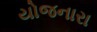
યોજનારા